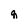
Character: q